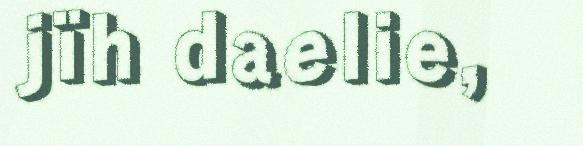
jïh daelie,